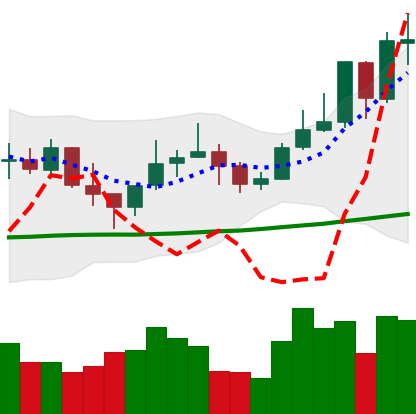
Ticker: LINK-USD
Chart end date: 2021-10-26
Forward return: -7.747%
Label: down_7plus